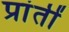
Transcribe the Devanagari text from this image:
प्रांतीं